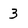
Character: 3